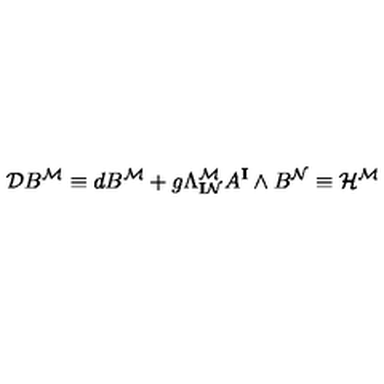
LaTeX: \mathcal { D } B ^ { \mathcal { M } } \equiv d B ^ { \mathcal { M } } + g \Lambda _ { \mathbf { I } \mathcal { N } } ^ { \mathcal { M } } A ^ { \mathbf { I } } \wedge B ^ { \mathcal { N } } \equiv \mathcal { H } ^ { \mathcal { M } }